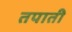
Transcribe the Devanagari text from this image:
तपाती